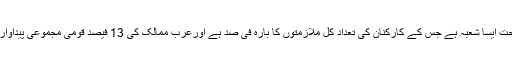
یاد رہے کہ سعودی عرب میں سیاحت ایسا شعبہ ہے جس کے کارکنان کی تعداد کل ملازمتوں کا بارہ فی صد ہے اورعرب ممالک کی 13 فیصد قومی مجموعی پیداوار بھی سیاحت سے حاصل ہوتی ہے۔